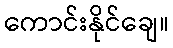
ကောင်းနိုင်ချေ။